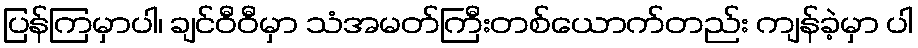
ပြန်ကြမှာပါ၊ ချင်ဝီဝီမှာ သံအမတ်ကြီးတစ်ယောက်တည်း ကျန်ခဲ့မှာ ပါ